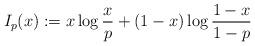
LaTeX: \begin{align*}I_p(x) := x \log \frac{x}{p} + (1-x) \log \frac{1-x}{1-p}\end{align*}